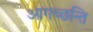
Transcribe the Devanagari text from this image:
आगच्छन्ति